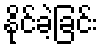
နိုင်ခဲ့ခြင်း